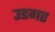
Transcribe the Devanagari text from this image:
उडगए